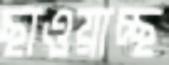
ছাওয়াচ্ছ